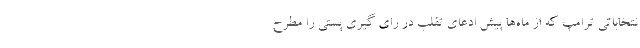
نتخاباتی ترامپ که از ماه‌ها پیش ادعای تقلب در رای گیری پستی را مطرح